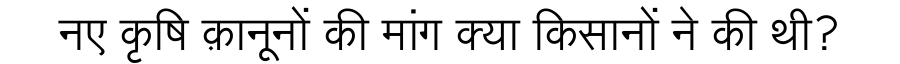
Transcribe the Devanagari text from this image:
नए कृषि क़ानूनों की मांग क्या किसानों ने की थी?